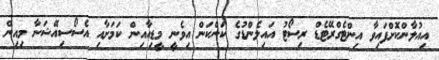
އިއުލާންކޮށްފައިވާ އިންޓެގްރޭޓެޑް ރިސޯޓު އައިލެންޑުގެ ކަންކަން އިވެނީ މީޑިއާއިން ކަމަށާއި އެސޯސިއޭޝަނާ މިއިން